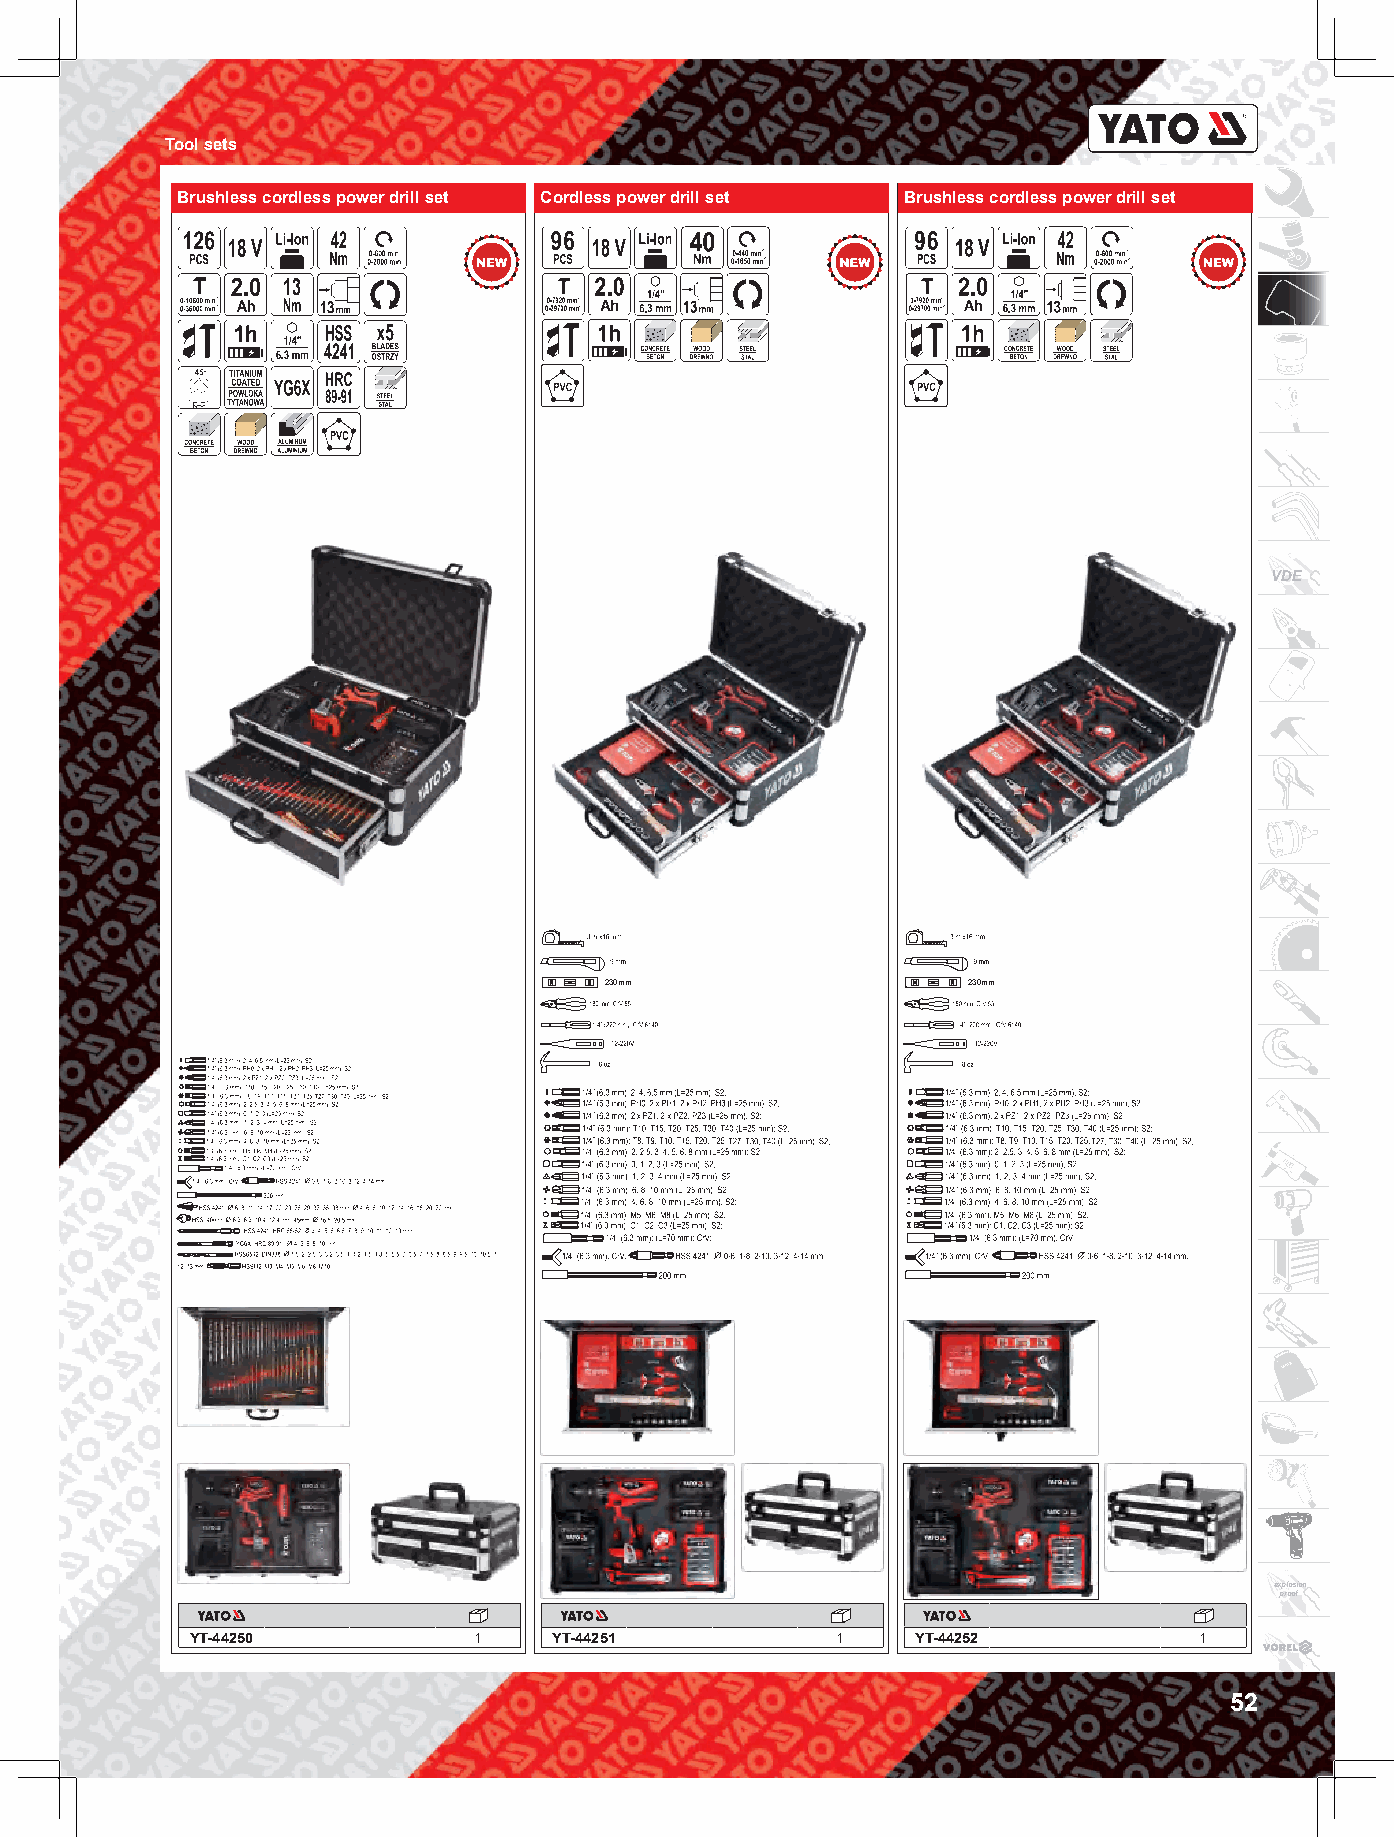
Tool sets
 Brushless cordless power drill set Cordless power drill set Brushless cordless power drill set
 VDE
 230mm                   230mm
 explosion
 proof
 YT-44250          1     YT-44251          1     YT-44252          1
 52